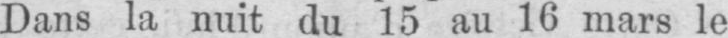
Dans la nuit du 15 au 16 mars le